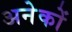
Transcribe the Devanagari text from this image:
अनेेकों